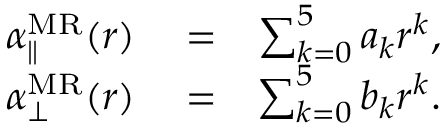
\begin{array} { r l r } { \alpha _ { \parallel } ^ { \mathrm { M R } } ( r ) } & { { } = } & { \sum _ { k = 0 } ^ { 5 } a _ { k } r ^ { k } , } \\ { \alpha _ { \bot } ^ { \mathrm { M R } } ( r ) } & { { } = } & { \sum _ { k = 0 } ^ { 5 } b _ { k } r ^ { k } . } \end{array}